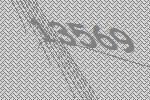
13569